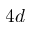
4 d